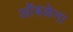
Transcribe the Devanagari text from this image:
ओंबळेना